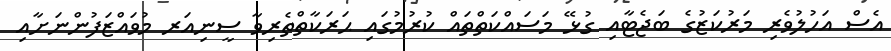
އެސް އަހުލުވެރި މަރުކަޒުގެ ބަޖެޓާއި ގުޅޭ މަސައްކަތްތައް ކުރުމުގައި ޙަރަކާތްތެރިވާ ސީނިއަރ މުވައްޒަފުންނަށާއި